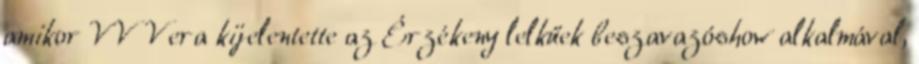
amikor VV Vera kijelentette az Érzékeny lelkűek beszavazóshow alkalmával,